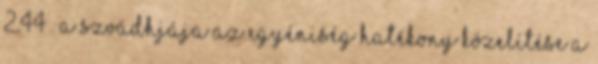
2,44 . A szvádhjája az egyéniség hatékony közelítése a